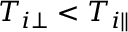
T _ { i \perp } < T _ { i \parallel }